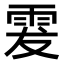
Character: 𩂔